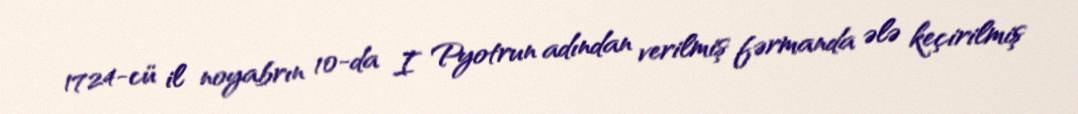
1724-cü il noyabrın 10-da I Pyotrun adından verilmiş fərmanda ələ keçirilmiş